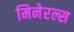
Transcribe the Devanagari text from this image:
मिनेरल्स